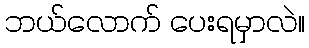
ဘယ်လောက် ပေးရမှာလဲ။